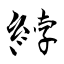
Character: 綍